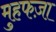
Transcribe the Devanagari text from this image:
मुहफज़ा